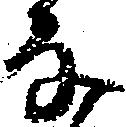
な